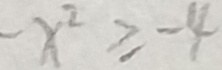
- x ^ { 2 } \geq - 4